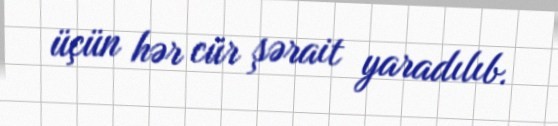
üçün hər cür şərait yaradılıb.